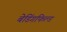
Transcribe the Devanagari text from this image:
बेडिंगफिल्ड